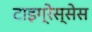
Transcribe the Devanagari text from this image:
टाइग्रेस्सेस